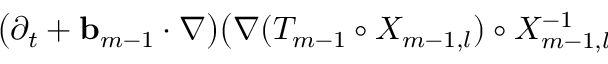
\begin{array} { r l } { \lefteqn { \bigl ( \partial _ { t } + \ensuremath { \mathbf { b } } _ { m - 1 } \cdot \nabla \bigr ) \bigl ( \nabla ( T _ { m - 1 } \circ X _ { m - 1 , l } ) \circ X _ { m - 1 , l } ^ { - 1 } \bigr ) } \qquad } & { { } } \end{array}